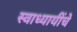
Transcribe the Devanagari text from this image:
स्वाध्यायींचे